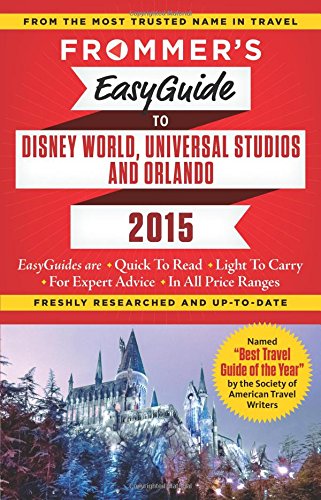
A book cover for Frommer's EasyGuide to Disney World, Universal and Orlando 2015 (Easy Guides); Jason Cochran; Travel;